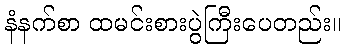
နံနက်စာ ထမင်းစားပွဲကြီးပေတည်း။